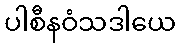
ပါစီနဝံသဒါယေ